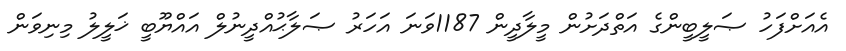
އެއަށްފަހު ޞަލީބީންގެ އަތްދަށުން މީލާދީން 1187ވަނަ އަހަރު ޞަލާޙުއްދީނުލް އައްޔޫބީ ޚަލީލު މިނިވަން